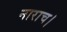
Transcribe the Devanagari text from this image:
नाराच।